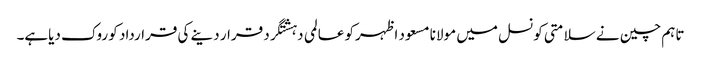
تاہم چین نے سلامتی کونسل میں مولانا مسعود اظہرکو عالمی دہشتگرد قرار دینے کی قرارداد کو روک دیاہے۔